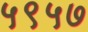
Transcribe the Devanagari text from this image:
५९५७